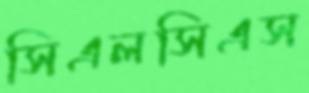
সিএলসিএস